Vital statistics of India. Vol. IV, Annual returns from 1871 to 1876. British Army of India, Native Army and jails of Bengal
Year: 1871
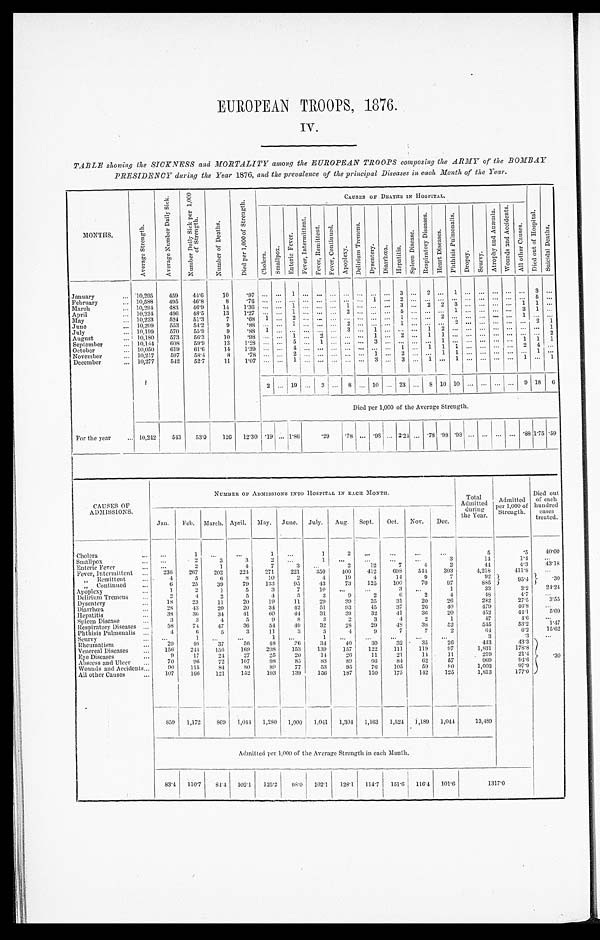
EUROPEAN TROOPS, 1876.
IV.
TABLE showing the SICKNESS and :MORTALITY among the EUROPEAN TROOPS composing the ARMY of the BOMBAY
PRESIDENCY daring the Year 1876, and the prevalence of the principal Diseases in each Month of the Year.
M O N T H S .
A v e r a g e t r e n g t h .
A v e r a g e N u m b e r D a i l y S i c k .
N u m b e r D a i l y S i c k p e r 1 , 0 0 0 o f S t r e n g t h .
N u m b e r o f D e a t h s .
D i e d p e r 1 , 0 0 0 o f S t r e n g t h .
CAUSES OF DEATHS IN HOSPITAL.
C h o l e r a .
S m a l l p o x .
E n t e r i c F e v e r .
F e v e r , I n t e r m i t t e n t .
F e v e r , R e m i t t e n t F e v e r , C o n t i n u e d .
A p o p l e x y .
D e l i r i u m T r e m e s s .
D y s e n t e r y . D i a r r h œ a .
H e p a t i t i s .
S p l e e n D i s e a s e .
R e s p i r a t o r y D i s e a s e s .
H e a r t D i s e a s e s .
P h t h s i s P u l m o n a l i s .
D r o p s y .
S c u r v y .
A t r o p h y a n d A n æ m i a . W o u n d s a n d A c c i d e n t .
A l l o t h e r C a u s e s .
D i e d o u t o f H o s p i t a l .
S u i c i d a l D e a t h s .
January
... 10,295
459
44.6
10
97
. . .
. . .
1
. . . . . .
. . .
... ... ... ...
3
. . . 2
. . . 1 . . . . . . . . . . . . . . .
3
. . .
February
... 10,588
495
46.8
8
. 7 6 . . .
. . . . . . . . . . . .
. . . . . . ...
1 . . . 2
. . . . . .
. . . . . . . . . . . . . . . . . . . . .
5
March
. . . 10,294
483
4 6 . 9
14 1.36
. . .
. . . 1 . . . . . .
. . . 1
. . . . . . . . . 3
. . . 2 2 3
. . . . . . . . . . . . 3
1
. . .
April
. . . 10,224
496
48.5
13
1.27
. . .
. . . 1 . . . . . .
. . . 2
. . . . . . . . . 5 . . . . . .
. . . 1 . . . . . . . . . . . . 1
. . .
. . .
May
... 10,223
524
51.3
7
.68 1
. . . 2
. . . . . .
. . . . . . . . . . . . . . . 1 . . . . . .
2
. . . . . . . . . . . . . . . 1
. . .
. . .
June
10,209
553
54.2
9
.88
. . .
. . . 1 . . . . . .
. . . 2
. . . . . . . . . 1 . . . . . .
. . . 2 . . . . . . . . . . . . . . .
2
1
July
... 10,199
570
55.9
9
.88 1
. . . ... ...
. . .
3
. . . 1 . . . . . . . . . . 1
2
. . . . . . . . . . . . . . . . . .
. . .
1
August
. . . 10,180
573
56.3
10
. 9 8
. . . . . . 1
. . . 2
. . . . . . . . . 1
. . . 2
. . . 1 1
. . . .. ... ... ... ... ... 2
September
. . . 10,144
6 0 8 59.9
13
1.28 ...
. . . 5 .. 1 ... ...
. . . 3 . . . . . . . . . . . .
1
. . . . . . . . . . . . . . . 1
1
1
October
... 10,050
619 61.6
14
1.39
. . . . . . 4
. . . . . .
. . . . . . . . . ... ... 1
. . . 1 1 1 ... ...
. . . . . . 2 4
. . .
November
... 10,217
597 58.4
8
.78 ...
. . . 2 . . . . . .
. . . . . . . . . 1 . . . 2 . . .
1
1 . . . . . . . . . . . . . . .
1
. . .
December
.., 10,277
542
52.7
1 1
1 . 0 7 . . . . . . 1 . . . . . .
. . . . . .
. . . 3 . . . 3 . . . 1
. . . 1 . . . . . . . . . . . . 1
. . .
1
2 ... 19 ... 3 ... 8 ... 10 ... 23 ... 8 10 10 ...
. . . . . . . . . 9 18
6
Died per 1,000 of the Average Strength.
For the year
... 10,242
543
53.0
126 12.30 .19 ... 1.86
.29
.78 ...
. 9 8 ... 2.24 ... .78 .98 .98 ...
. . . ... ... .88 1.75 .59
CAUSES OF
ADMISSIONS.
NUMBER OF ADMISSIONS INTO HOSPITAL IN EACH MONTH..
Total
Admitted
during.
the Year.
Admitted
per 1,000 of
Strength.
Died out
of each
hundred
eases
treated.
Jan.
Feb. March. April. May. June. July. Aug. Sept.
Oct. Nov.
Dec.
Cholera
... ...
1
. . .
. . .
1
. . .
1
2
. . .
...
...
. . .
5
.5
40.00
Smallpox
... ...
2
3
3
2
. . .
1
. . . ...
...
...
3
14
1.4
...
Enteric Fever
...
. . .
2
1
4
7
3
...
2
12
7
4
2
44
4.3
43.18
Fever, Intermittent ...
236
207
202
224
271
221
350
400
412
698
544
393
4,218
411.8
...
Remittent
„
...
4
5
6
8
10
2
4
19
4
14
9
7
92
. 3 0
Continued
...
6
25
39
79
133
95
4 3
73
125
100
70
97
885
9 5 . 4
Apoplexy
...
1
2
1
5
3
7
10
...
...
3
...
1
33
3.2
24'24
Delirium Tremens
...
2
4
2
5
4
5
3
9
2
6
2
4
48
4.7
. . .
Dysentery
...
18
23
11
20
19
11
29
39
35
31
20
26
282
27.5
3'55
Diarrhœa
...
28
43
20
20
34
42
51
93
45
37
26
40
479
46.8
. . .
Hepatitis
...
38
30
34
41
60
44
31
39
32
41
36
20
452
44.1
5'09
Spleen Disease
3
3
4
5
9
8
3
2
3
4
2
1
47
4.6
. . .
Respiratory Diseases ...
58
74
47
36
54
49
32
28
29
48
38
52
545
53'2
1.47
Phthisis Pulmonalis ... I
4
6
5
3
11
3
3
4
9
7
7
2
64
6.2
15.62
Scurvy
...
...
1
...
...
1
...
1
...
...
...
...
...
3
.3
. . .
Rheumatism
...
29
40
37
56
48
26
34
40
30
32
35
26
443
43.3
.30
Venereal Diseases
...
156
244
156
169
208
153
139
157
122
1 1 1
119
97
1,831
178'8
Eye Diseases
...
9
17
24
27
25
20
14
26
ll
21
14
11
219
21'4
Abscess and Ulcer ...
70
96
72
107
98
85
83
89
6 6
84
62
57
969
9 4 . 6
Wounds and Accidents ...
90
115
84
80
89
77
53
95
76
105
59
80
1,003
97.9
All other Causes
,,,
107
166
121
152
193
139
156
187
150
175
142
125
1,813
177'0
859 1,172
869 1,044 1,280 1,000 1,041 1,304 1,163 1,524 1,189 1,044
13,489
-
Admitted per 1,000 of the Average Strength in each Month.
83.4 110.7 84.4 102.1 125.2
98.0 102.1
128.1 114.7 151.6 116.4 101.6
1 3 1 7 . 0